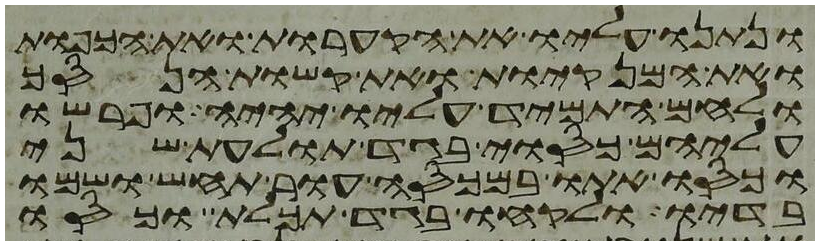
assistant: ונתנו עליו את הקערות ואת הכפות
ואת המנקיות ואת קשות הנסך
ולחם התמיד עליו יהיה ופרשו
עליהם כסוי בגד תולעת שני
וכסו אתו במכסה עור תחש ושמו
בדיו ולקחו בגד תכלת וכסו